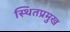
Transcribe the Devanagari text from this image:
स्थितप्रमुख